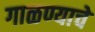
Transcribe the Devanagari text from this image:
गाळण्याचे